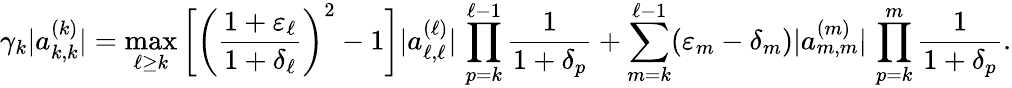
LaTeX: \gamma_{k}|a_{k,k}^{(k)}|=\operatorname*{max}_{\ell\ge k}\bigg[\bigg(\frac{1+\varepsilon_{\ell}}{1+\delta_{\ell}}\bigg)^{2}-1\bigg]|a_{\ell,\ell}^{(\ell)}|\, \prod_{p=k}^{\ell-1}\frac{1}{1+\delta_{p}}+\sum_{m=k}^{\ell-1}(\varepsilon_{m}-\delta_{m})|a_{m,m}^{(m)}|\, \prod_{p=k}^{m}\frac{1}{1+\delta_{p}}.